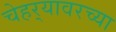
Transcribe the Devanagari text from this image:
चेहर्‍यावरच्या